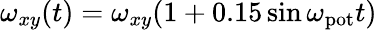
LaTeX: \omega_{xy}(t)=\omega_{xy}(1+0.15\sin\omega_{\mathrm{pot}}t)